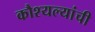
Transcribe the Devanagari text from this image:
कौश्यल्यांची